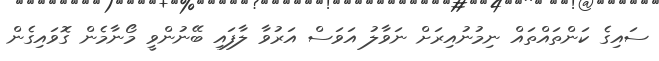
ސައިގެ ކަންތައްތައް ނިމުުނުއިރަށް ނަވާލު އަވަސް އަރުވާ ލާފައި ބޭނުންވީ މޯނާމެން ގޮވައިގެން